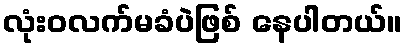
လုံးဝလက်မခံပဲဖြစ် နေပါတယ်။